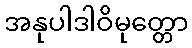
အနုပါဒါဝိမုတ္တော